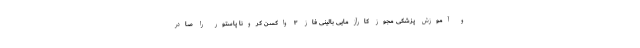
و آموزش پزشکی مجوز کارآزمایی بالینی فاز ۳ واکسن کرونا پاستور را صادر